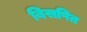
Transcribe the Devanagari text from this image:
बिसपित